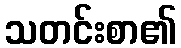
သတင်းစာ၏